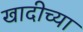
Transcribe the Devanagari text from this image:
खादीच्या